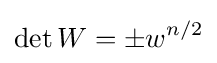
\det W=\pm w^{n/2}